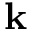
{ \bf k }